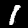
Label: 1